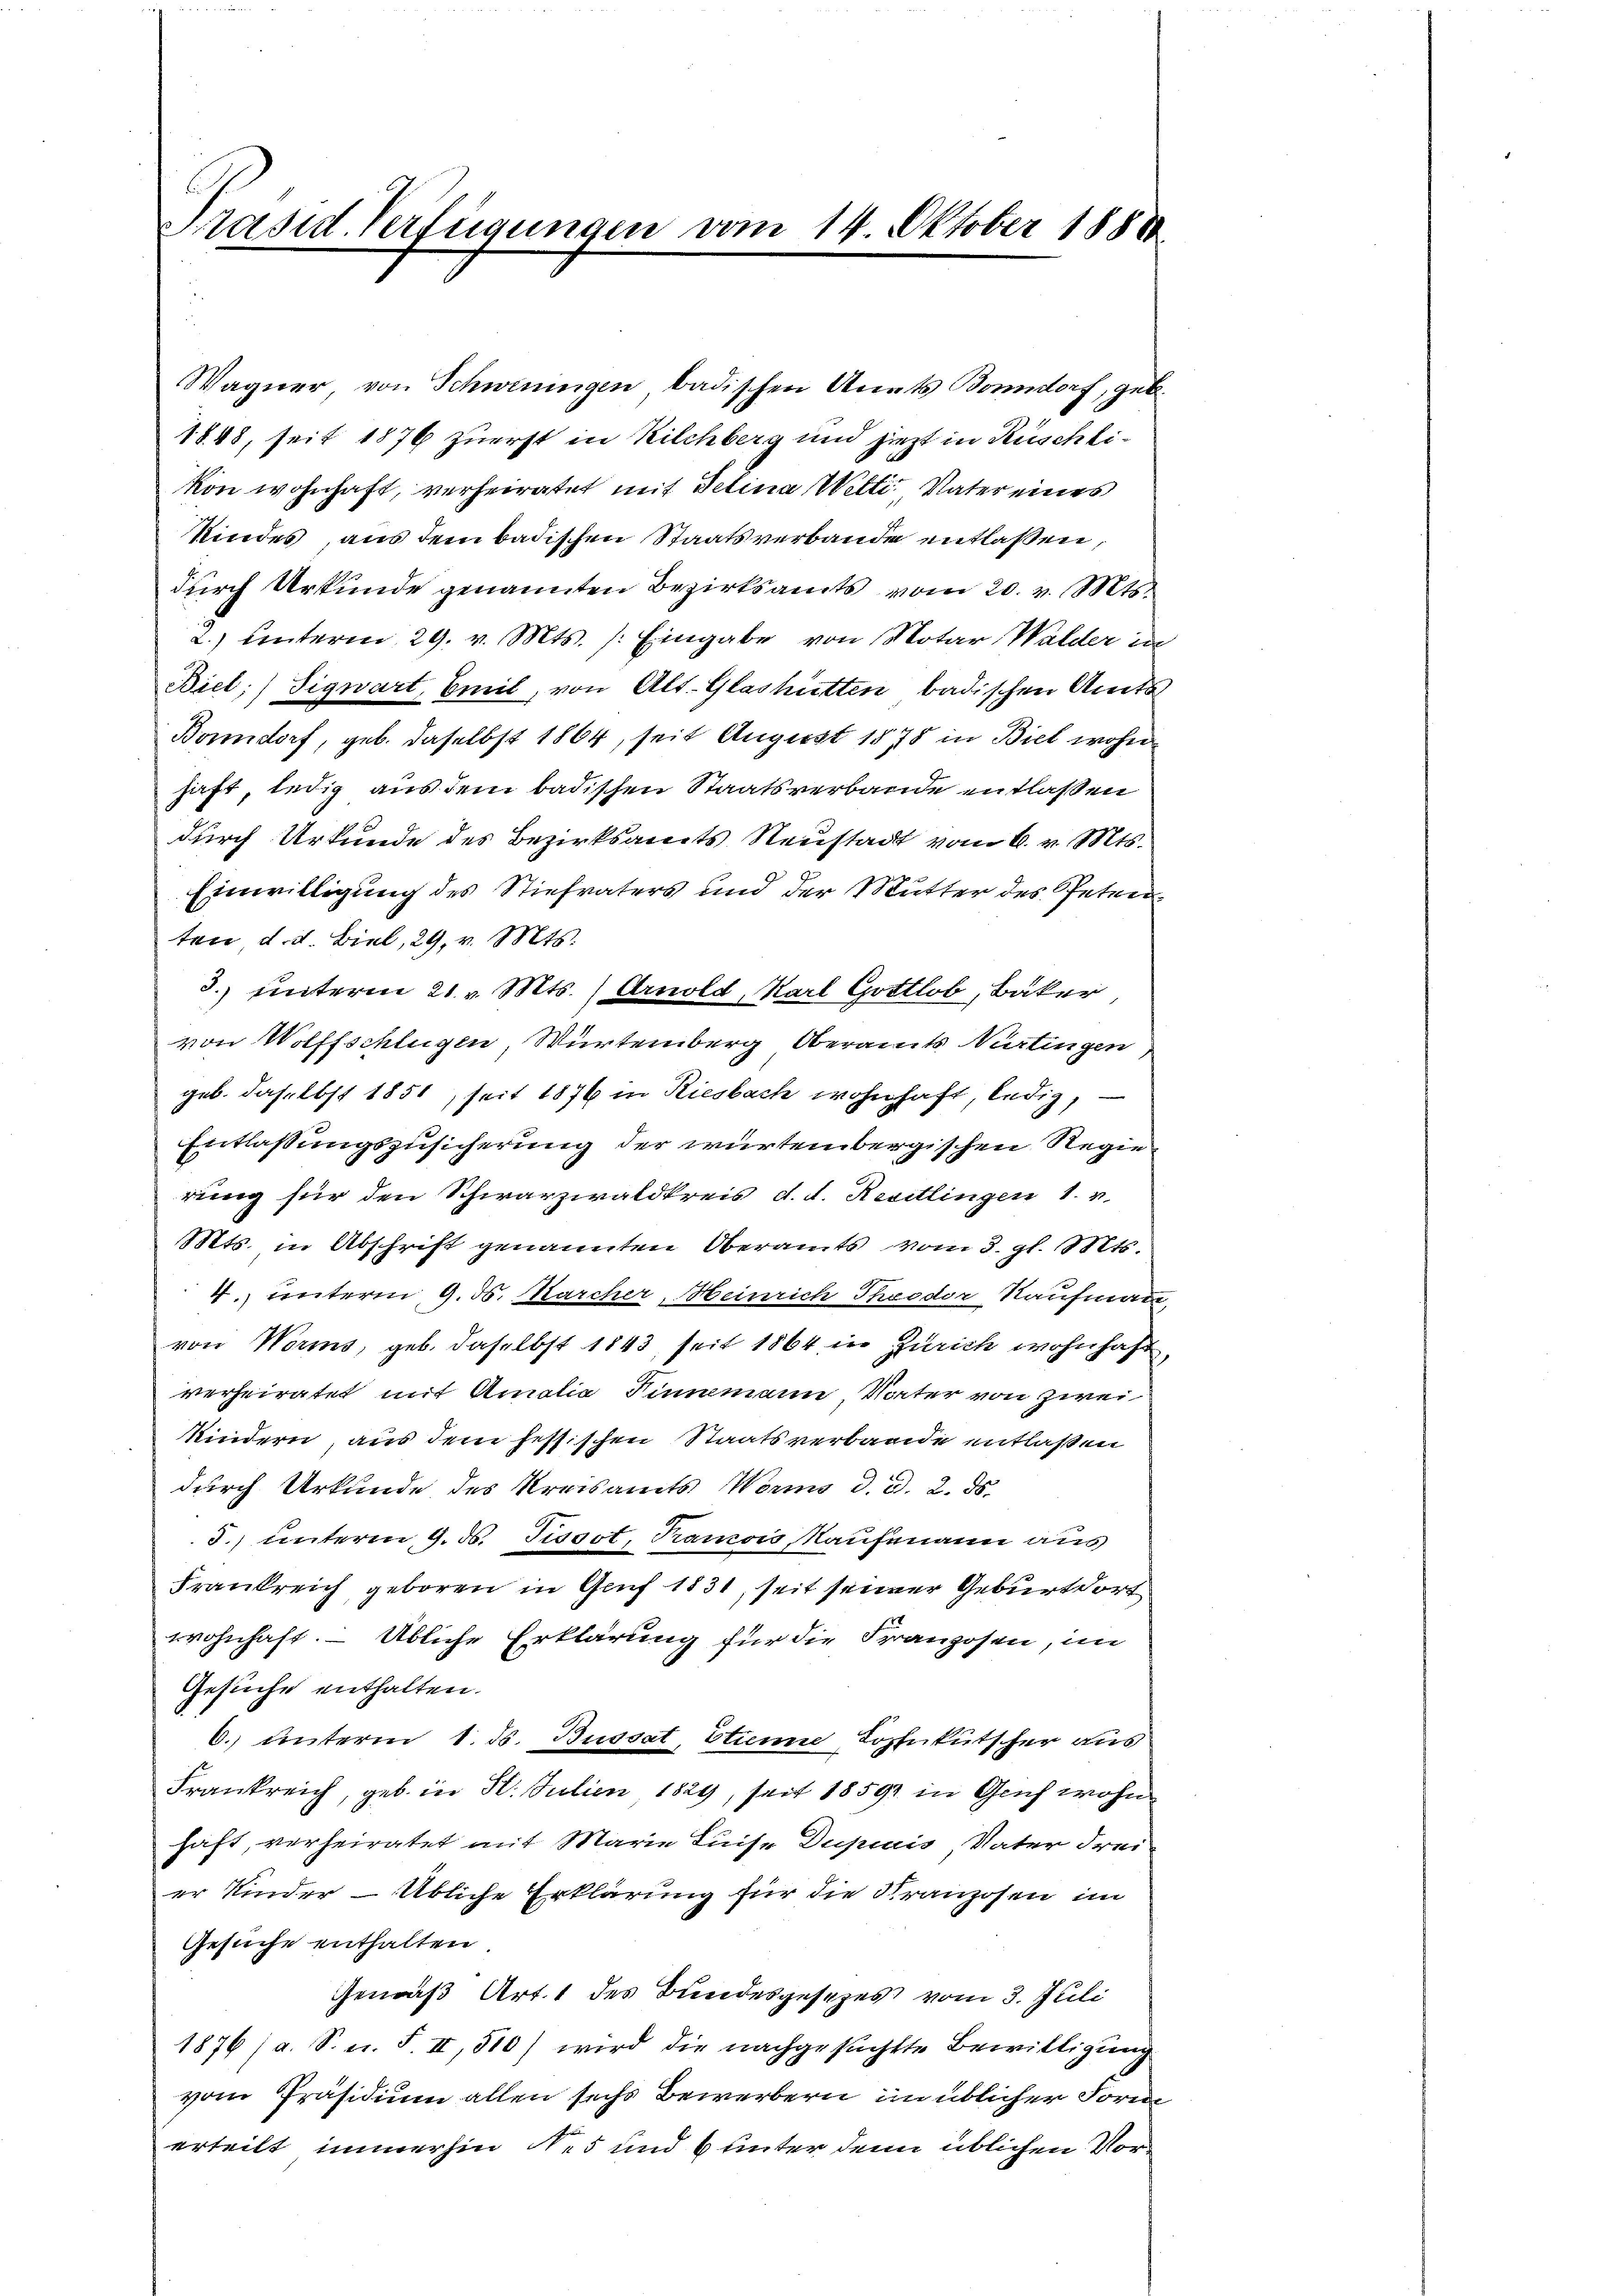
Präsid. Verfügungen vom 14. Oktober 1888

Wagner von Schweningen, badischen Anats Bonndorf, geb.
1848, seit 1876 zuerst in Kilchberg und jiezt in Rüschlikon wohnhaft, verheiratet mit detina Welti. Vater eines
Kindes, aus dem badischen Staatsverbande entlaßen,
durch Urkunde genannten Bezirksamts vom 20. v. Mts.
2.) Unterm 29. v. Mts. /: Eingabe von Notar Walder in
Biel; Sigwart, Emil, von Alt. Glashütten badischen Amts
Bonndorf, geb. daselbst 1864, seit August 1878 in Biel wohn
haft, ledig aus dem badischen Staatsverbande entlaßen
durch Urkunde des Bezirksamts Neustadt vom 6. v. Mts.
Einwilligung des Stiefvaters und der Mutter des Petenten, d. d. Biel, 29. v. Mts.
3.) unterm 21. v. Mts. (Arnold, Karl Gottlob, Bäker,
von Wolffschlügen, Würtemberg Oberamts Nürtingen
geb. daselbst 1851, seit 1876 in Riesbach wohnhaft, ledig,
Entlaßungszusicherung der würtembergischen Regierung für den Schwarzwaldkreis d. d. Resitlingen 1. v.
Mts. in Abschrift genannten Oberamts vom 3. gl. Mts.
4.) unterm 9. ds. Karcher, Meinrich Theodor Kaufmann
von Worms, geb. daselbst 1843, seit 1864 in Zürich wohnhaft,
verheiratet mit Amalia Sinnemann Vater von zwei
Kindern, aus dem hessischen Staatsverbande entlaßen
durch Urkunde des Kreisamts Wenns d. d. 2. ds.
J.) unterm 9. ds. Tissot, Tramois, Kaufmann aus
Frankreich geboren in Genf 1831, seit seiner Geburt dort
wohnhaft. — Übliche Erklärung für die Franzosen, im
Gesuche enthalten.
6. unterm 1. d. Busset, Etien Kopfetütscher aus
Frankreich, geb. in 5. Julien 1829, seit 1859 in Geif wohn
haft, verheiratet mit Marie Luise Dupiais, Vater Frei
er Kinder – Übliche Erklärung für die Kranzosen im
Gesuche enthalten.
Gemäß Art. 1 des Bundesgesezes vom 3. Juli
1876/a. S. u. § II, 510) wird die nachgesuchte Bewilligung
vom Präsidium allen sechs Bewerbern im üblicher Form
erteilt immerhin N. 5 und 6 unter den üblichen Vor¬